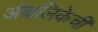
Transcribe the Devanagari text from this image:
अंबालिकेची